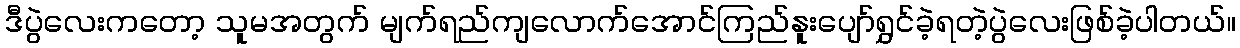
ဒီပွဲလေးကတော့ သူမအတွက် မျက်ရည်ကျလောက်အောင်ကြည်နူးပျော်ရွှင်ခဲ့ရတဲ့ပွဲလေးဖြစ်ခဲ့ပါတယ်။